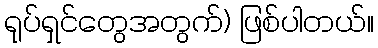
ရုပ်ရှင်တွေအတွက်) ဖြစ်ပါတယ်။